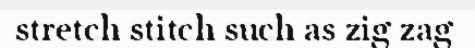
stretch stitch such as zig zag